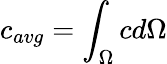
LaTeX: c_{avg}=\int_{\Omega}cd\Omega